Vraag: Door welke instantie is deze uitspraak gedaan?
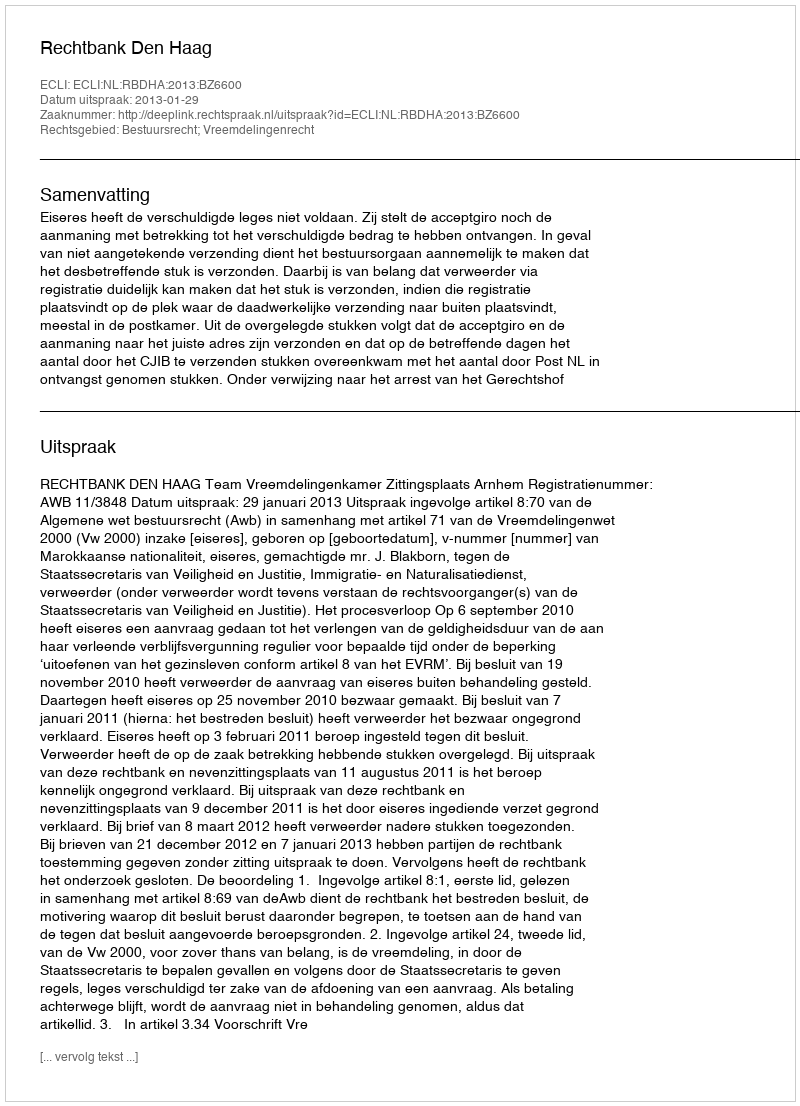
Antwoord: Rechtbank Den Haag